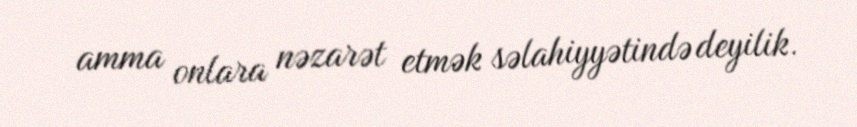
amma onlara nəzarət etmək səlahiyyətində deyilik.